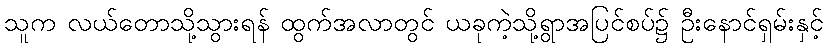
သူက လယ်တောသို့သွားရန် ထွက်အလာတွင် ယခုကဲ့သို့ရွာအပြင်စပ်၌ ဦးနောင်ရှမ်းနှင့်